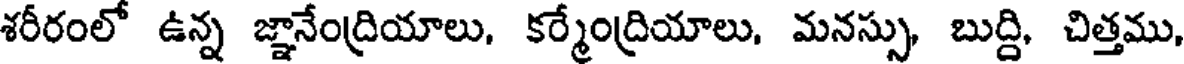
శరీరంలో ఉన్న జ్ఞానేంద్రియాలు, కర్మేంద్రియాలు, మనస్సు, బుద్ది, చిత్తము,